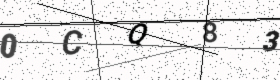
Text: 0CQ83